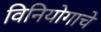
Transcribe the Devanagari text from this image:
विनियोगाचे